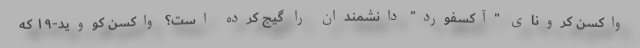
واکسن کرونای "آکسفورد" دانشمندان را گیج کرده است؟ واکسن کووید-۱۹ که